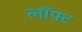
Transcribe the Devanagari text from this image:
लॉफ़्ट